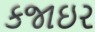
કજાઇર